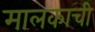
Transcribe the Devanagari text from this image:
मालकाची